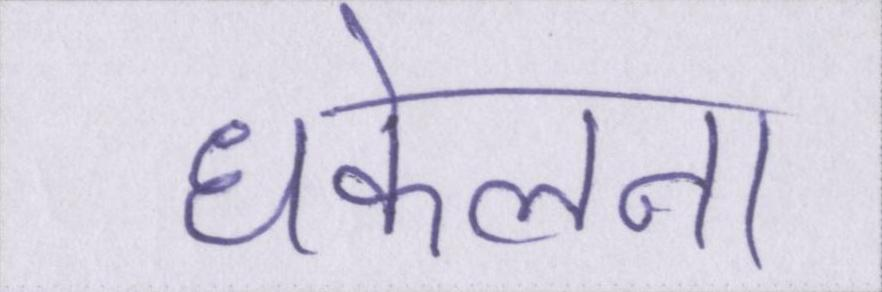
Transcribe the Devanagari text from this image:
धकेलना